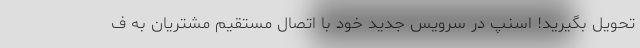
تحویل بگیرید! اسنپ در سرویس جدید خود با اتصال مستقیم مشتریان به ف